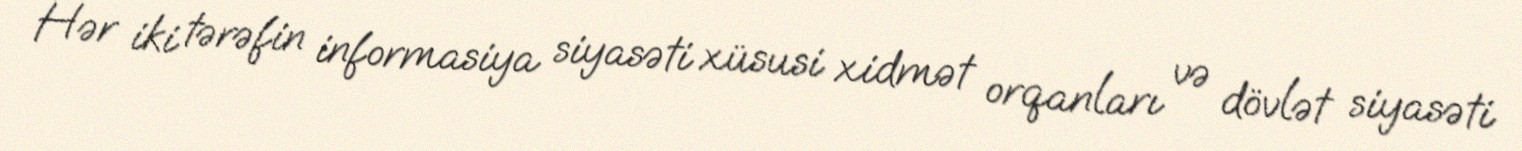
Hər iki tərəfin informasiya siyasəti xüsusi xidmət orqanları və dövlət siyasəti